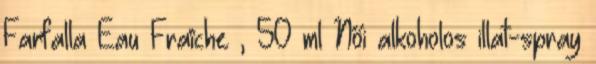
Farfalla Eau Fraîche , 50 ml Női alkoholos illat-spray